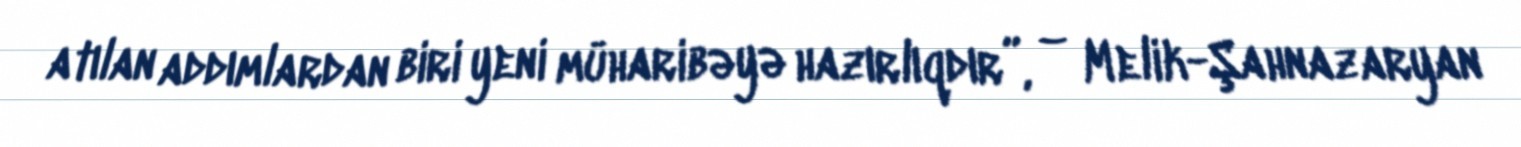
atılan addımlardan biri yeni müharibəyə hazırlıqdır”, – Melik-Şahnazaryan